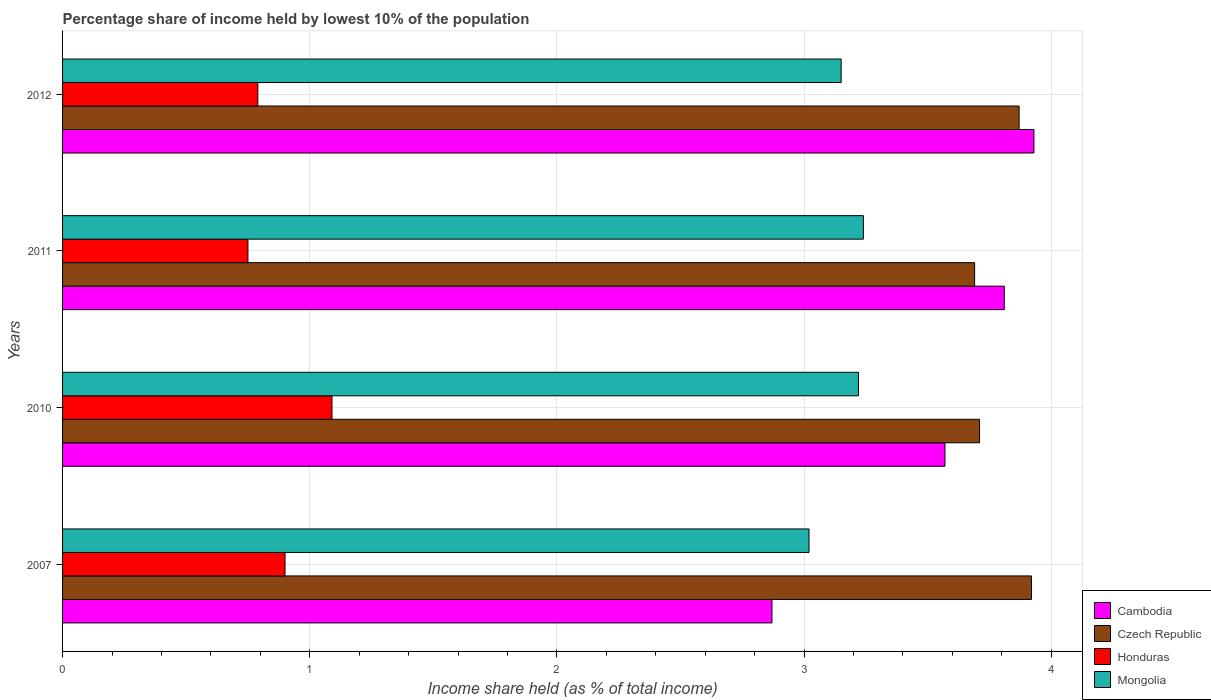
| Years | Cambodia | Czech Republic | Honduras | Mongolia |
 | --- | --- | --- | --- | --- |
 | 2007 | 2.87 | 3.92 | 0.9 | 3.02 |
 | 2010 | 3.57 | 3.71 | 1.09 | 3.22 |
 | 2011 | 3.81 | 3.69 | 0.75 | 3.24 |
 | 2012 | 3.93 | 3.87 | 0.79 | 3.15 |